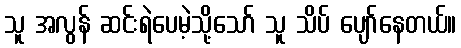
သူ အလွန် ဆင်းရဲပေမဲ့သို့သော် သူ သိပ် ပျော်နေတယ်။